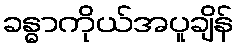
ခန္ဓာကိုယ်အပူချိန်